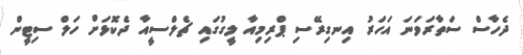
ދެހާސް ސަތާރަވަނަ އަހަރު އިނގިރޭސި ޕްރިމިއާ ލީގުގައި ޗެލްސީއާ ދެކޮޅަށް ހަލް ސިޓީން